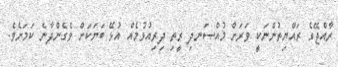
ރާއްޖޭގެ ރައްޔިތުންނަކީ ވަރަށް މުއްސަނދި ރީތި ދިރިއުޅުމެއް އުޅޭ ބަޔަކަށް ވެގެންދާނެ ކަމަށެވެ.